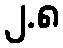
၂.၈